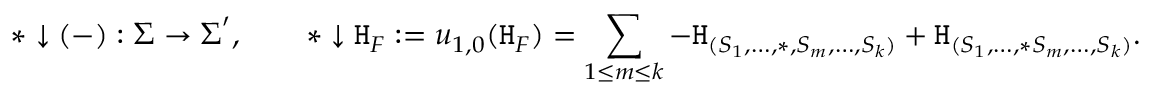
\ast \downarrow ( - ) : \boldsymbol { \Sigma } \to \boldsymbol { \Sigma } ^ { \prime } , \qquad \ast \downarrow \mathtt { H } _ { F } : = u _ { 1 , 0 } ( \mathtt { H } _ { F } ) = \sum _ { 1 \leq m \leq k } - \mathtt { H } _ { ( S _ { 1 } , \dots , \ast , S _ { m } , \dots , S _ { k } ) } + \mathtt { H } _ { ( S _ { 1 } , \dots , \ast S _ { m } , \dots , S _ { k } ) } .